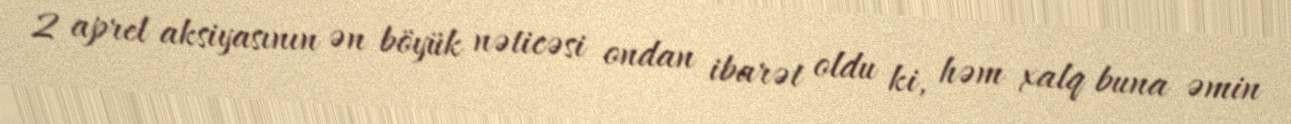
2 aprel aksiyasının ən böyük nəticəsi ondan ibarət oldu ki, həm xalq buna əmin